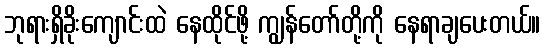
ဘုရားရှိခိုးကျောင်းထဲ နေထိုင်ဖို့ ကျွန်တော်တို့ကို နေရာချပေးတယ်။